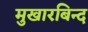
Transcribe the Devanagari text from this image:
मुखारबिन्द